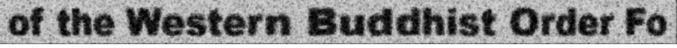
of the Western Buddhist Order Fo